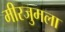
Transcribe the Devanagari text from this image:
मीरजुमला